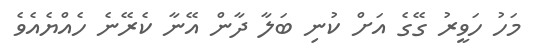
މަހު ހަވީރު ގޭގެ އަށް ކުނި ބަލާ ދާން އޭނާ ކެރޭނެ ހެއްޔެއެވެ